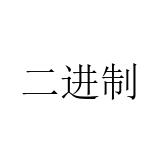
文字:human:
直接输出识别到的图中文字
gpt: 二进制